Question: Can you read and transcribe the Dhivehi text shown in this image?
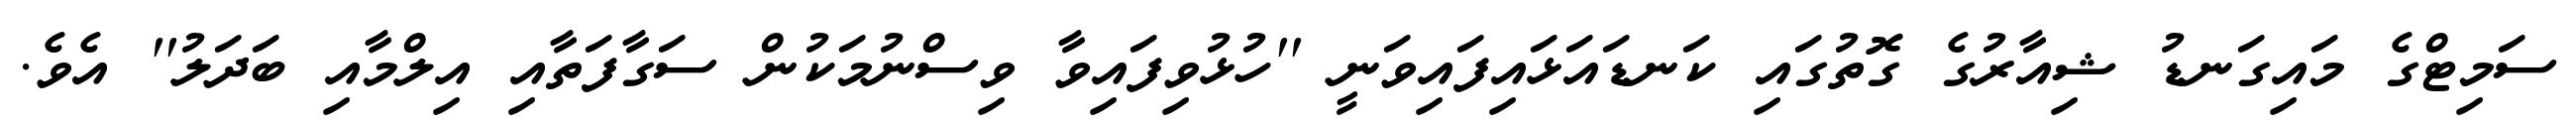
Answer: ސަމިޓްގެ މައިގަނޑު ޝިއާރުގެ ގޮތުގައި ކަނޑައަޅައިފައިވަނީ ''ހުޅުވިފައިވާ ވިސްނުމަކުން ސަގާފަތާއި އިލްމާއި ބަދަލު'' އެވެ.